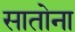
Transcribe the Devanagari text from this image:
सातोना